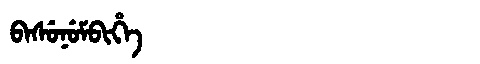
Manchu: ᠪᠠᠰᡠᠨᡠᠮᠪᡳᡥᡝ
Romanization: BASUNUMBIHE